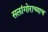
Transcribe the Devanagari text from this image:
सलांगोराच्याच